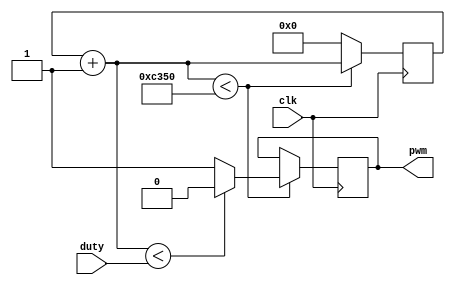
module Luz(clk,duty,pwm);

input clk;
input [15:0] duty;	// variable controladora del ancho de pulso rango 0-50_000
output reg pwm;


reg [15:0] counter;  // contador usado para PWM rango 0-50_000

initial begin 
		
	counter=	16'b0;
	
end



always @(posedge clk)begin // PWM 1kHz 
	counter=counter+1;
	if(counter<50_000)begin
		if(counter<duty)begin
			pwm=0;		
		end
		else begin
			pwm=1;
		
		end
		
	end
	else begin
		counter=0;
	end


end








endmodule